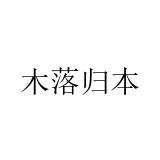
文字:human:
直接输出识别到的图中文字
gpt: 木落归本